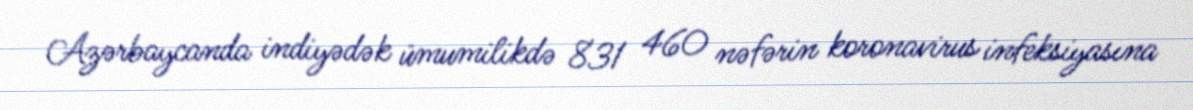
Azərbaycanda indiyədək ümumilikdə 831 460 nəfərin koronavirus infeksiyasına